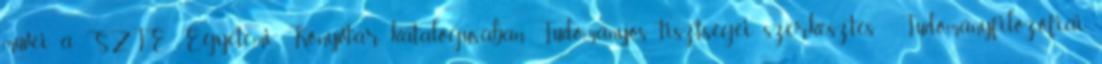
művei a SZTE Egyetemi Könyvtár katalógusában Tudományos tisztségei szerkesztés Tudományfilozófiai